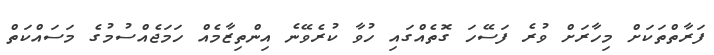
ފަރާތްތަކަށް މިހާރަށް ވުރެ ފަސޭހަ ގޮތެއްގައި ހުވާ ކުރެވޭނެ އިންތިޒާމެއް ހަމަޖެއްސުމުގެ މަސައްކަތް